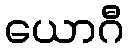
ယောဂီ